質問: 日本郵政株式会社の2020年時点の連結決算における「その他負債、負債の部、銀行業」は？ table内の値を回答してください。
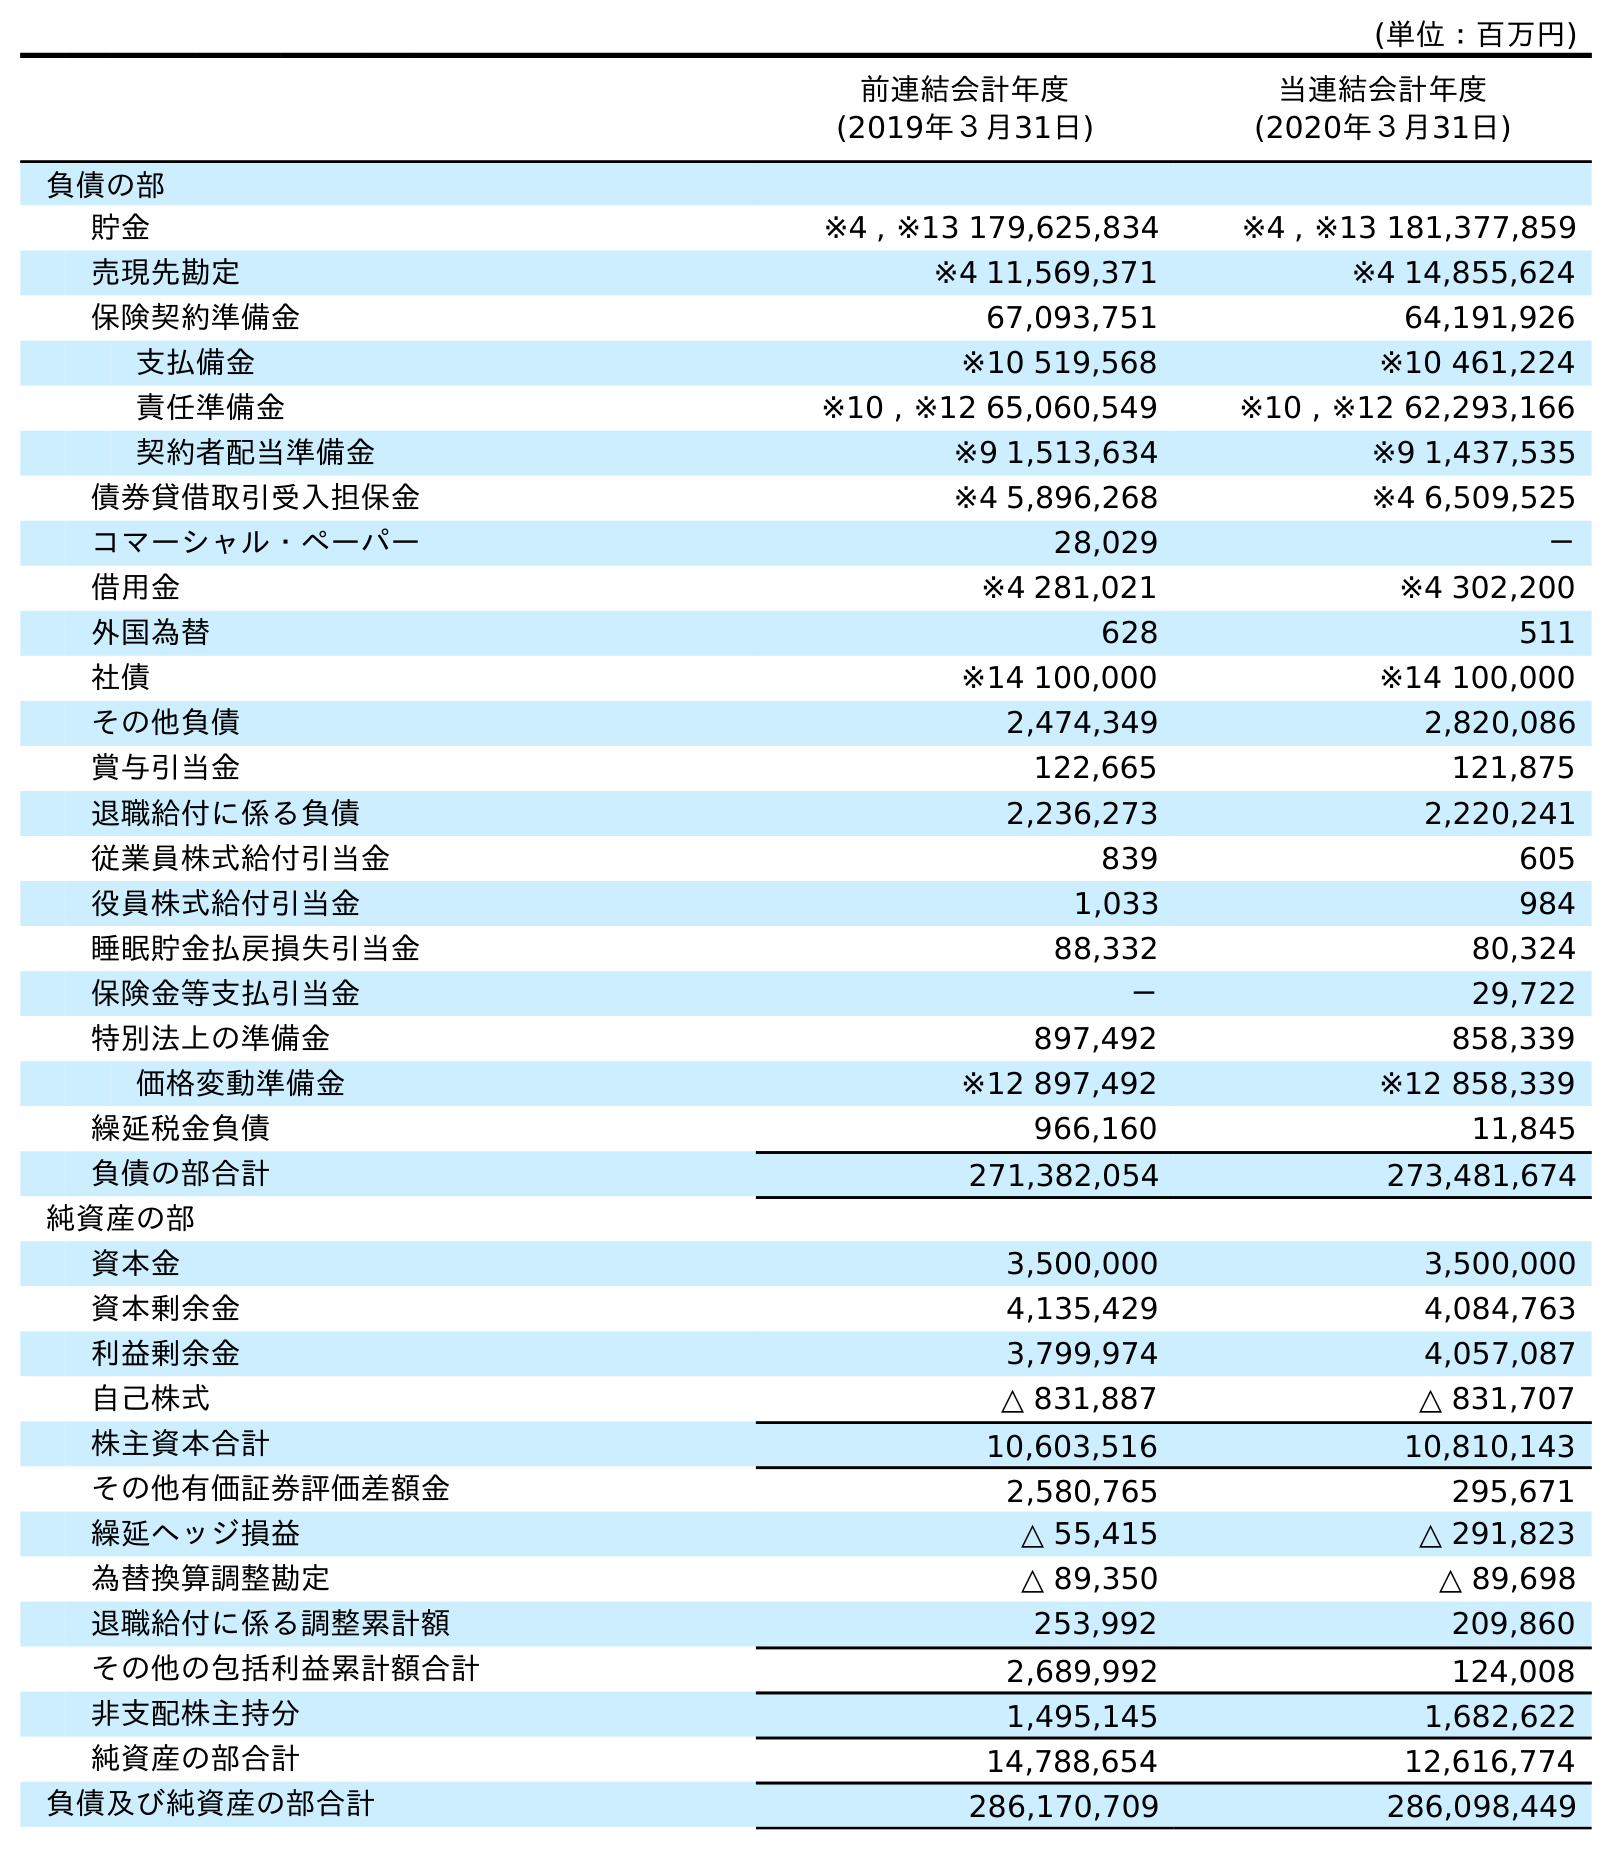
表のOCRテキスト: (単位：百万円) 前連結会計年度 (2019年３月31日) 当連結会計年度 (2020年３月31日) 負債の部 貯金 ※4 , ※13 179,625,834 ※4 , ※13 181,377,859 売現先勘定 ※4 11,569,371 ※4 14,855,624 保険契約準備金 67,093,751 64,191,926 支払備金 ※10 519,568 ※10 461,224 責任準備金 ※10 , ※12 65,060,549 ※10 , ※12 62,293,166 契約者配当準備金 ※9 1,513,634 ※9 1,437,535 債券貸借取引受入担保金 ※4 5,896,268 ※4 6,509,525 コマーシャル・ペーパー 28,029 － 借用金 ※4 281,021 ※4 302,200 外国為替 628 511 社債 ※14 100,000 ※14 100,000 その他負債 2,474,349 2,820,086 賞与引当金 122,665 121,875 退職給付に係る負債 2,236,273 2,220,241 従業員株式給付引当金 839 605 役員株式給付引当金 1,033 984 睡眠貯金払戻損失引当金 88,332 80,324 保険金等支払引当金 － 29,722 特別法上の準備金 897,492 858,339 価格変動準備金 ※12 897,492 ※12 858,339 繰延税金負債 966,160 11,845 負債の部合計 271,382,054 273,481,674 純資産の部 資本金 3,500,000 3,500,000 資本剰余金 4,135,429 4,084,763 利益剰余金 3,799,974 4,057,087 自己株式 △ 831,887 △ 831,707 株主資本合計 10,603,516 10,810,143 その他有価証券評価差額金 2,580,765 295,671 繰延ヘッジ損益 △ 55,415 △ 291,823 為替換算調整勘定 △ 89,350 △ 89,698 退職給付に係る調整累計額 253,992 209,860 その他の包括利益累計額合計 2,689,992 124,008 非支配株主持分 1,495,145 1,682,622 純資産の部合計 14,788,654 12,616,774 負債及び純資産の部合計 286,170,709 286,098,449
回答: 2,820,086